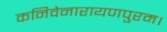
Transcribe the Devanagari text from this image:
कनिवेनारायणपुरम।